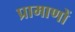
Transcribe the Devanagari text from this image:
प्रामाणों